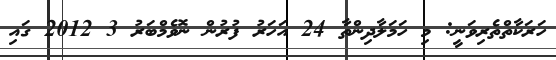
ހަރަކާތްތެރިވަނީ: މި ހަމަލާދިންތާ 24 އަހަރު ފުރުން ނޮވެމްބަރު 3 2012 ގައި